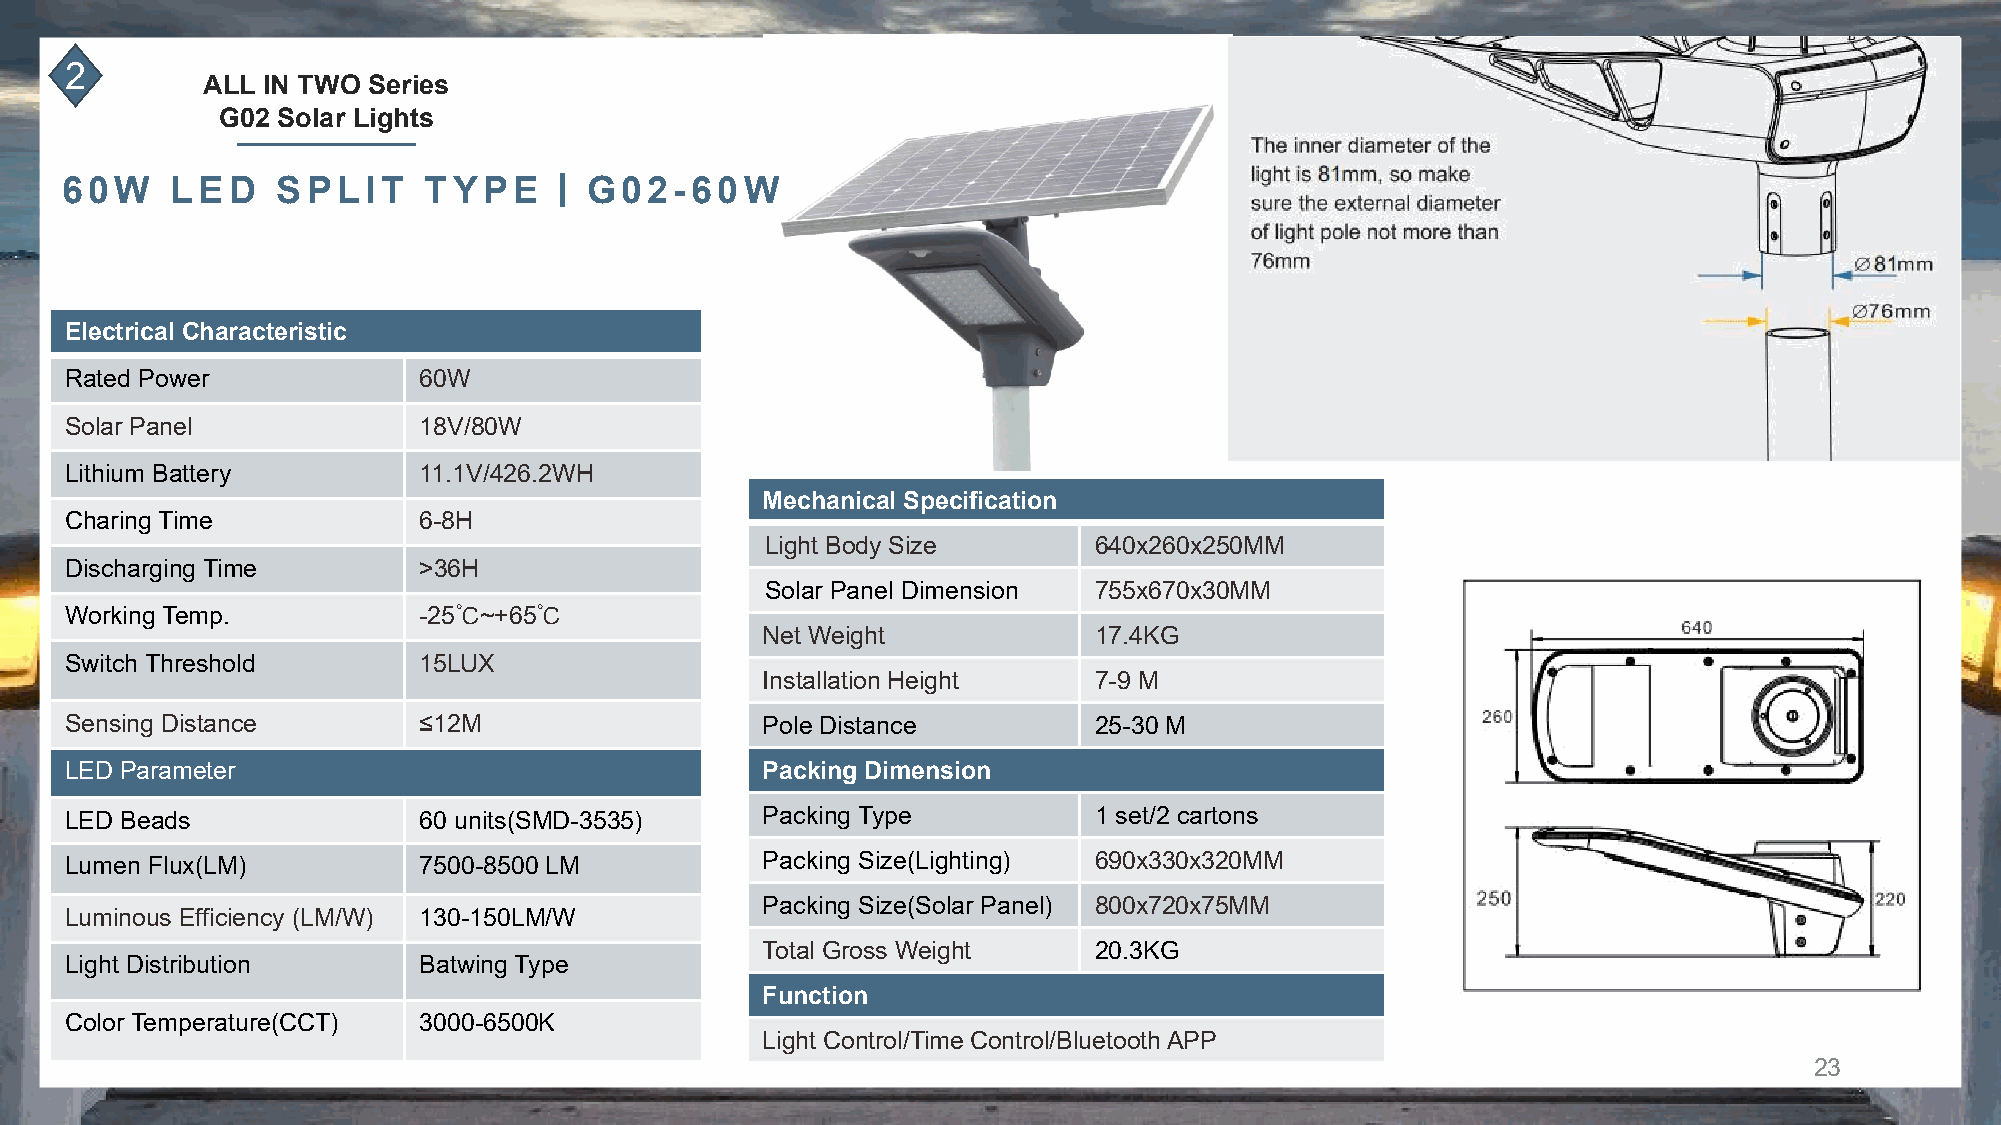
2
 ALL IN TWO Series
 G02 Solar Lights
 丨
 60W    LED    SPLIT     TYPE       G02-60W
 Electrical Characteristic
 Rated Power             60W
 Solar Panel             18V/80W
 Lithium Battery         11.1V/426.2WH
 Mechanical Specification
 Charing Time            6-8H
 Light Body Size      640x260x250MM
 Discharging Time        >36H
 Solar Panel Dimension 755x670x30MM
 Working Temp.           -25℃~+65℃
 Net Weight            17.4KG
 Switch Threshold        15LUX
 Installation Height   7-9 M
 Sensing Distance        ≤12M                  Pole Distance         25-30 M
 LED Parameter                                 Packing Dimension
 LED Beads               60 units(SMD-3535)    Packing Type          1 set/2 cartons
 Lumen Flux(LM)          7500-8500 LM          Packing Size(Lighting) 690x330x320MM
 Packing Size(Solar Panel) 800x720x75MM
 Luminous Efficiency (LM/W) 130-150LM/W
 Total Gross Weight    20.3KG
 Light Distribution      Batwing Type
 Function
 Color Temperature(CCT)  3000-6500K
 Light Control/Time Control/Bluetooth APP
 23